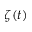
\zeta ( t )